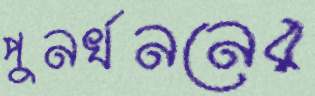
পুনর্খননের